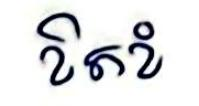
ខិតខំ